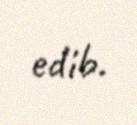
edib.